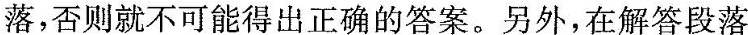
落,否则就不可能得出正确的答案.另外,在解答段落